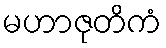
မဟာဇုတိကံ